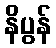
နိပွန်